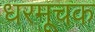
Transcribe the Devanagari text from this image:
धरमूचक